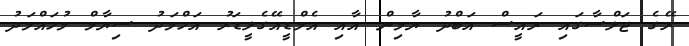
ރޭގެ ޖަލްސާގައި ރައީސް އަބްދު ޔާމިން އާއި އެމްޑީއޭގެލީޑަރު އަހްމަދު ސިޔާމް މުހައްމަދު